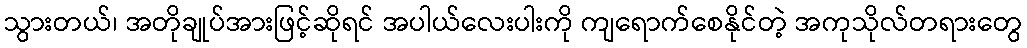
သွားတယ်၊ အတိုချုပ်အားဖြင့်ဆိုရင် အပါယ်လေးပါးကို ကျရောက်စေနိုင်တဲ့ အကုသိုလ်တရားတွေ